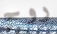
روح